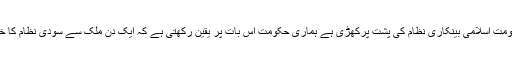
سنیئروزیر خزانہ خیبرپختون خواہ سراج الحق نے کہا ہے کہ خیبرپختون خواہ حکومت اسلامی بینکاری نظام کی پشت پرکھڑی ہے ہماری حکومت اس بات پر یقین رکھتی ہے کہ ایک دن ملک سے سودی نظام کا خاتمہ ہوگااور اللہ کی زمین پر اللہ کا قانون اسلامی نظام کی صورت میں نافذ ہوگا۔